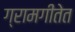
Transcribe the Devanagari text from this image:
ग्रामगीतेत